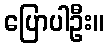
ပြောပါဦး။